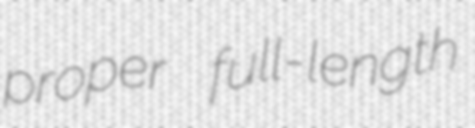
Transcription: proper full-length